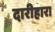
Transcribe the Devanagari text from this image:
दारीहारा